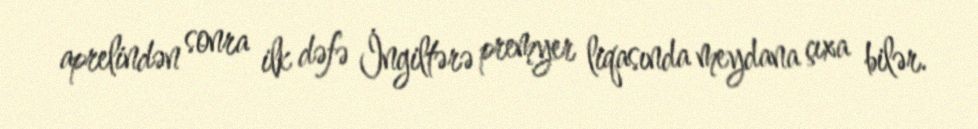
aprelindən sonra ilk dəfə İngiltərə premyer liqasında meydana çıxa bilər.